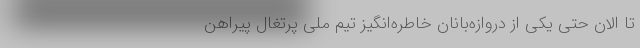
تا الان حتی یکی از دروازه‌بانان خاطره‌انگیز تیم ملی پرتغال پیراهن